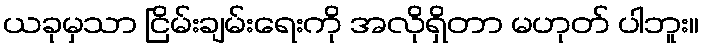
ယခုမှသာ ငြိမ်းချမ်းရေးကို အလိုရှိတာ မဟုတ် ပါဘူး။